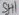
Text: SH1